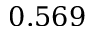
0 . 5 6 9